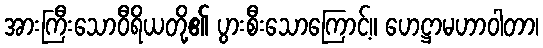
အားကြီးသောဝီရိယတို့၏ ပွားစီးသောကြောင့်။ ဟေဋ္ဌာမဟာဝါတာ၊